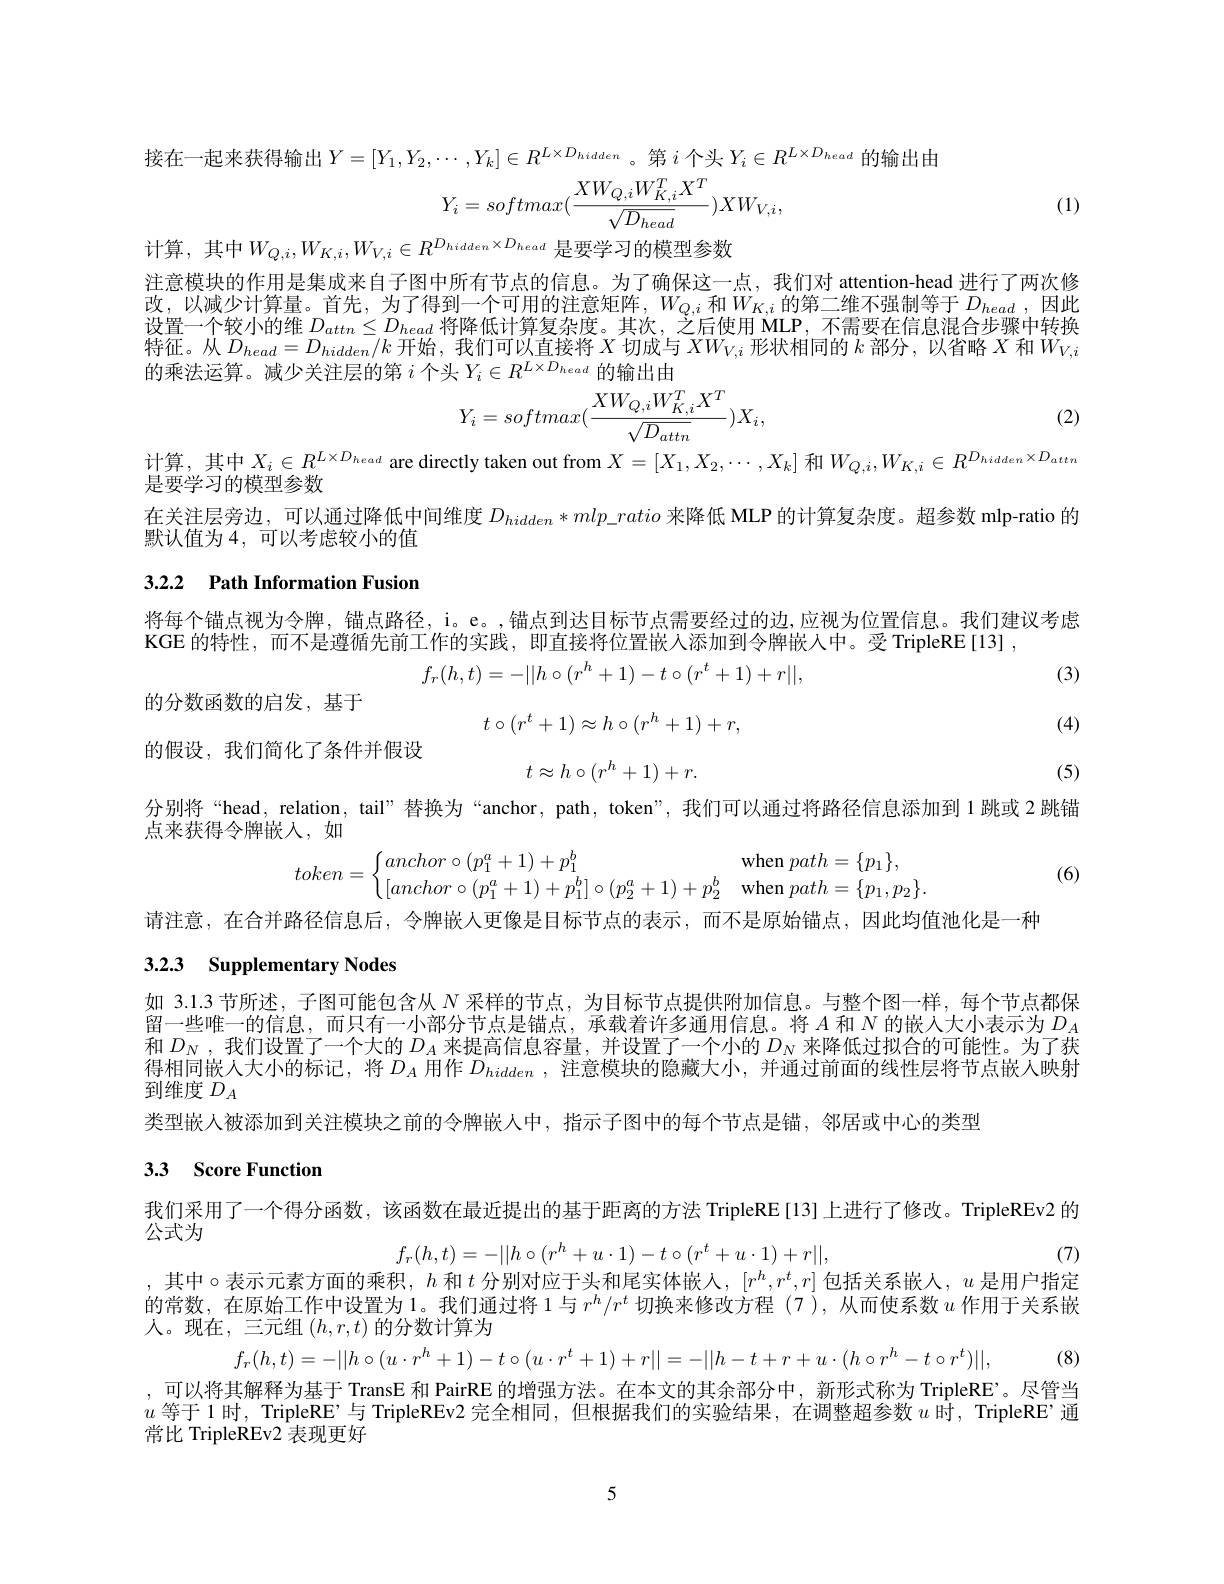
接在一起来获得输出$Y=[Y_1,Y_2,\cdots,Y_k]\in R^{L\times D_{hidden}}$。第$i$ 个头$Y_i\in R^{L\times D_{head}}$的输出由
$$Y_i=softmax(\frac{XW_{Q,i}W_{K,i}^TX^T}{\sqrt{D_{head}}})XW_{V,i},$$
(1)

计算，其中$W_{Q,i},W_{K,i},W_{V,i}\in R^{D_{hidden}\times D_{head}}$ 是要学习的模型参数
注意模块的作用是集成来自子图中所有节点的信息。为了确保这一点，我们对 attention-head 进行了两次修改，以减少计算量。首先，为了得到一个可用的注意矩阵，$W_Q,i$和$W_{K,i}$的第二维不强制等于$D_head$,因此设置一个较小的维$D_attn\leq D_{head}$将降低计算复杂度。其次，之后使用 MLP,不需要在信息混合步骤中转换特征。从$D_head=D_{hidden}/k$开始，我们可以直接将$X$切成与$XW_V,i$形状相同的$k$部分，以省略$X$和$W_V,i$ 的乘法运算。减少关注层的第$i$个头$Y_i\in R^L\times D_{head}$的输出由
$$Y_i=softmax(\frac{XW_{Q,i}W_{K,i}^TX^T}{\sqrt{D_{attn}}})X_i,$$
(2)

计算，其中$X_i\in R^{L\times D_{head}}$ are directly taken out from $X=[X_1,X_2,\cdots,X_k]$ 和$W_Q,i,W_{K,i}\in R^{D_{hidden}\times D_{attn}}$
是要学习的模型参数
在关注层旁边，可以通过降低中间维度$D_{hidden}*mlp\_ratio$来降低 MLP 的计算复杂度。超参数 mlp-ratio 的
默认值为 4, 可以考虑较小的值

## 3.2.2 Path Information Fusion

将每个锚点视为令牌，锚点路径，i。e。,锚点到达目标节点需要经过的边，应视为位置信息。我们建议考虑
KGE 的特性，而不是遵循先前工作的实践，即直接将位置嵌人添加到令牌嵌入中。受 TripleRE[13] ,
$$f_r(h,t)=-||h\circ(r^h+1)-t\circ(r^t+1)+r||,$$
(3)

的分数函数的启发，基于
$$t\circ(r^t+1)\approx h\circ(r^h+1)+r,$$
$$t\approx h\circ(r^h+1)+r.$$
(4)

的假设，我们简化了条件并假设

(5)

分别将“head, relation, tail” 替换为“anchor, path, token”, 我们可以通过将路径信息添加到 1跳或 2 跳锚

点来获得令牌嵌人，如
$$token=\left\{\begin{matrix}anchor\circ(p_1^a+1)+p_1^b&\text{when}\:path=\{p_1\},\\[anchor\circ(p_1^a+1)+p_1^b]\circ(p_2^a+1)+p_2^b&\text{when}\:path=\{p_1,p_2\}.\end{matrix}\right.$$
(6)

请注意，在合并路径信息后，令牌嵌人更像是目标节点的表示，而不是原始锚点，因此均值池化是一种

## 3.2.3 Supplementary Nodes

如 3.1.3 节所述，子图可能包含从$N$采样的节点，为目标节点提供附加信息。与整个图一样，每个节点都保留一些唯一的信息，而只有一小部分节点是锚点，承载着许多通用信息。将$A$和$N$的嵌人大小表示为$D_A$ 和$D_N$ ,我们设置了一个大的$D_A$来提高信息容量，并设置了一个小的$D_N$来降低过拟合的可能性。为了获得相同嵌人大小的标记，将$D_A$用作$D_{hidden}$,注意模块的隐藏大小，并通过前面的线性层将节点嵌入映射到维度$D_A$
类型嵌人被添加到关注模块之前的令牌嵌人中，指示子图中的每个节点是锚，邻居或中心的类型

## 3.3 Score Function

我们采用了一个得分函数，该函数在最近提出的基于距离的方法 TripleRE[13]上进行了修改。TripleREv2 的

(7)
,其中$\circ$表示元素方面的乘积，$h$和$t$分别对应于头和尾实体嵌人，$[r^h,r^t,r]$包括关系嵌入，$u$是用户指定

公式为
$$f_r(h,t)=-||h\circ(r^h+u\cdot1)-t\circ(r^t+u\cdot1)+r||,$$
的常数，在原始工作中设置为 1。我们通过将 1 与$r^h/r^t$切换来修改方程 (7),从而使系数$u$作用于关系嵌
人。现在，三元组$\left(h,r,t\right)$的分数计算为
$$f_r(h,t)=-||h\circ(u\cdot r^h+1)-t\circ(u\cdot r^t+1)+r||=-||h-t+r+u\cdot(h\circ r^h-t\circ r^t)||,$$
可以将其解释为基于 TransE 和 PairRE 的增强方法。在本文的其余部分中，新形式称为 TripleRE'。尽管当$u$等于 1 时，TripleRE’与 TripleREv2 完全相同，但根据我们的实验结果，在调整超参数$u$时，TripleRE 通常比 TripleREv2 表现更好

5